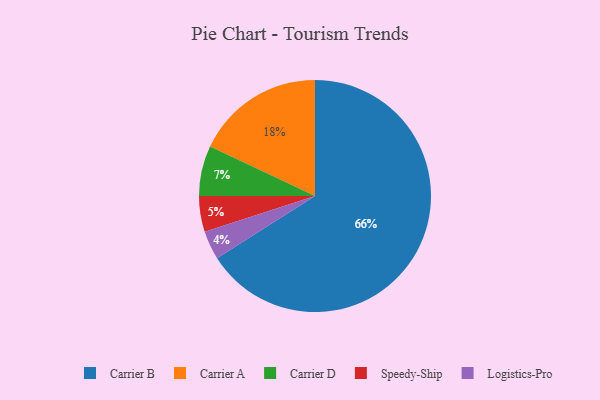
{"axis": {"x": "Category", "y": "Percentage"}, "legend": ["Carrier A", "Carrier B", "Carrier D", "Logistics-Pro", "Speedy-Ship"], "data": [{"x": "Carrier A", "y": 18, "type": "Carrier A"}, {"x": "Speedy-Ship", "y": 5, "type": "Speedy-Ship"}, {"x": "Carrier D", "y": 7, "type": "Carrier D"}, {"x": "Logistics-Pro", "y": 4, "type": "Logistics-Pro"}, {"x": "Carrier B", "y": 66, "type": "Carrier B"}]}